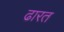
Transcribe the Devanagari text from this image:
ढारत